Annual report of the Civil Veterinary Department, Bengal, and of the Bengal Veterinary College, for the year 1900-1901 - 1900-1901
Year: 1900
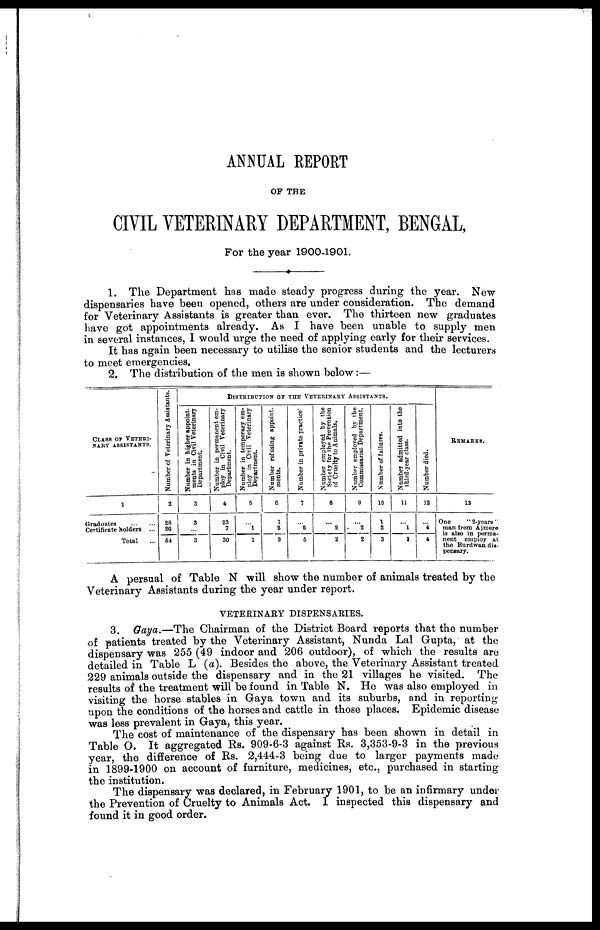
ANNUAL REPORT
OP THE
CIVIL VETERINARY DEPARTMENT, BENGAL,
For the year 1900-1901.
1. The Department has made steady progress during the year. New
dispensaries have been opened, others are under consideration. The demand
for Veterinary Assistants is greater than ever. The thirteen new graduates
have got appointments already. As I have been unable to supply men
in several instances, I would urge the need of applying early for their services.
It has again been necessary to utilise the senior students and the lecturers
to meet emergencies.
2. The distribution of the men is shown below :—
CLASS OF VETERI-
NARY ASSISTANTS.
1
Graduates
...
...
Certificate holders ...
Total ...
Number of Veterinary Assistants.
2
28
26
54
DISTRIBUTION OF THE VETERINARY ASSISTANTS.
Number in higher appoint-
ments in Civil Veterinary
Department.
3
3
...
3
Number in permanent em-
ploy in Civil Veterinary
Department.
4
23
7
30
Number in temporary em-
ploy in Civil Veterinary
Department.
5
...
1
1
Number refusing appoint-
ments.
6
1
2
3
Number in private practice'
7
...
5
5
Number employed by the
Society for the Prevention
of Cruelty to Animals.
8
...
2
2
Number employed by the
Commissariat Department.
9
...
2
2
Number of failures.
10
1
2
3
Number admitted into the
third-year class.
11
...
1
1
Number died.
12
...
4
4
REMARKS.
13
One
"2-years"
man from Ajmere
nent employ at
the Burdwan dis-
pensary.
A persual of Table N will show the number of animals treated by the
Veterinary Assistants during the year under report.
VETERINARY DISPENSARIES.
3. Gaya.—The Chairman of the District Board reports that the number
of patients treated by the Veterinary Assistant, Nunda Lal Gupta, at the
dispensary was 255 (49 indoor and 206 outdoor), of which the results are
detailed in Table L (a). Besides the above, the Veterinary Assistant treated
229 animals outside the dispensary and in the 21 villages he visited. The
results of the treatment will be found in Table N. He was also employed in
visiting the horse stables in Gaya town and its suburbs, and in reporting
upon the conditions of the horses and cattle in those places. Epidemic disease
was less prevalent in Gaya, this year.
The cost of maintenance of the dispensary has been shown in detail in
Table O. It aggregated Rs. 909-6-3 against Rs. 3,353-9-3 in the previous
year, the difference of Rs. 2,444-3 being due to larger payments made
in 1899-1900 on account of furniture, medicines, etc., purchased in starting
the institution.
The dispensary was declared, in February 1901, to be an infirmary under
the Prevention of Cruelty to Animals Act. I inspected this dispensary and
found it in good order.